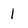
Character: 1